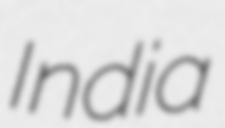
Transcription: India